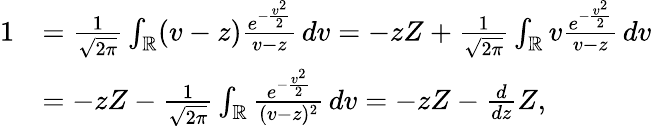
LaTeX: \begin{array}{rl}{1}&{=\frac{1}{\sqrt{2\pi}}\int_{\mathbb{R}}(v-z)\frac{e^{-\frac{v^{2}}{2}}}{v-z}\, dv=-zZ+\frac{1}{\sqrt{2\pi}}\int_{\mathbb{R}}v\frac{e^{-\frac{v^{2}}{2}}}{v-z}\, dv}\\ &{=-zZ-\frac{1}{\sqrt{2\pi}}\int_{\mathbb{R}}\frac{e^{-\frac{v^{2}}{2}}}{(v-z)^{2}}\, dv=-zZ-\frac{d}{dz}Z,}\end{array}